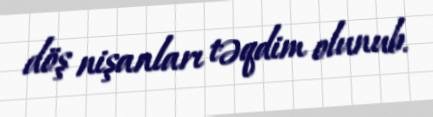
döş nişanları təqdim olunub.